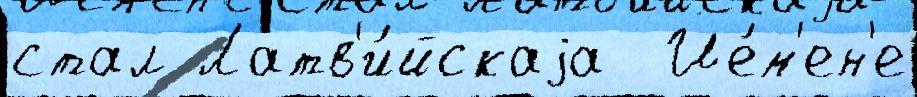
стал Латв'и́йскаjа  Йе́м'ен'е